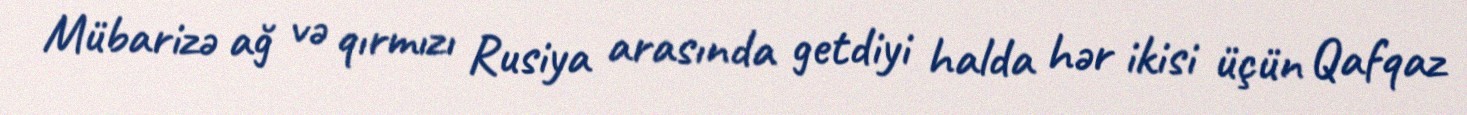
Mübarizə ağ və qırmızı Rusiya arasında getdiyi halda hər ikisi üçün Qafqaz